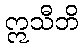
ဣသီဘိ